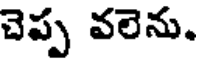
చెప్ప వలెను.